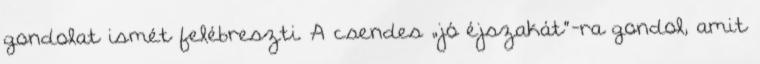
gondolat ismét felébreszti. A csendes „jó éjszakát”-ra gondol, amit